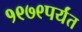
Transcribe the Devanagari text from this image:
१९७९पर्यंत